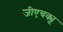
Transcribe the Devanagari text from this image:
जीएचक्यू